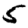
Digit: 5